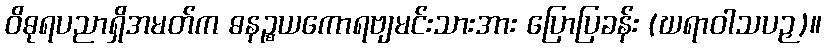
ဝိဓုရပညာရှိအမတ်က ဓနဉ္စယကောရဗျမင်းသားအား ပြောပြခန်း (ဃရာဝါသပဉှ)။